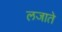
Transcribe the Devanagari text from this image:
लजाते